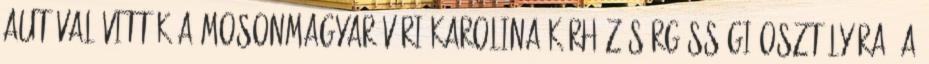
autóval vitték a mosonmagyaróvári Karolina Kórház sürgősségi osztályára. A